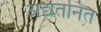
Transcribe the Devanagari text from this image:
अद्यतनित